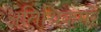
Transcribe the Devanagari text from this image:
अतिथिकमरें